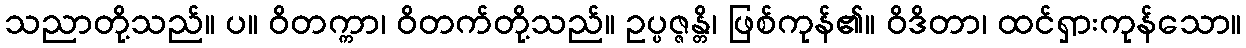
သညာတို့သည်။ ပ။ ဝိတက္ကာ၊ ဝိတက်တို့သည်။ ဥပ္ပဇ္ဇန္တိ၊ ဖြစ်ကုန်၏။ ဝိဒိတာ၊ ထင်ရှားကုန်သော။